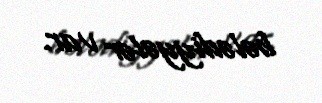
bələdiyyələr var.